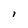
Character: i